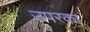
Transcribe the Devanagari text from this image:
उपरका